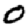
Digit: 0